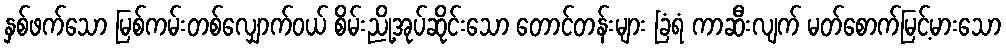
နှစ်ဖက်သော မြစ်ကမ်းတစ်လျှောက်ဝယ် စိမ်းညို့အုပ်ဆိုင်းသော တောင်တန်းများ ခြံရံ ကာဆီးလျက် မတ်စောက်မြင့်မားသော